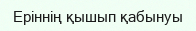
Еріннің қышып қабынуы